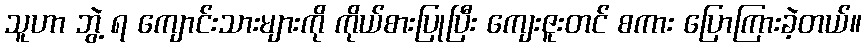
သူဟာ ဘွဲ့ ရ ကျောင်းသားများကို ကိုယ်စားပြုပြီး ကျေးဇူးတင် စကား ပြောကြားခဲ့တယ်။